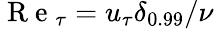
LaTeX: \mathrm{~R~e~}_{\tau}=u_{\tau}\delta_{0.99}/\nu